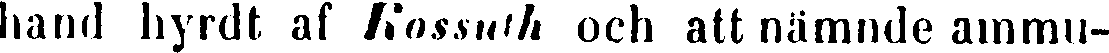
hand hyrdt af Kossuth och att nämnde ammu-